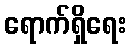
ရောက်ရှိရေး